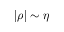
| \rho | \sim \eta